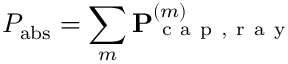
P _ { \mathrm { a b s } } = \sum _ { m } \mathbf { P } _ { \mathrm { ~ c ~ a ~ p ~ , ~ r ~ a ~ y ~ } } ^ { ( m ) }